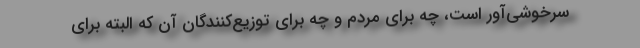
سرخوشی‌آور است، چه برای مردم و چه برای توزیع‌کنندگان آن که البته برای